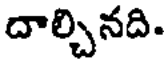
దాల్చినది.